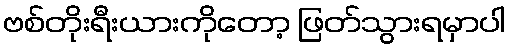
ဗစ်တိုးရီးယားကိုတော့ ဖြတ်သွားရမှာပါ